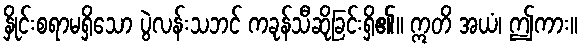
နှိုင်းစရာမရှိသော ပွဲလန်းသဘင် ကခုန်သီဆိုခြင်းရှိ၏။ ဣတိ အယံ၊ ဤကား။